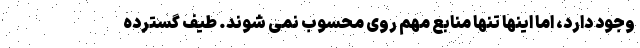
وجود دارد، اما اینها تنها منابع مهم روی محسوب نمی شوند. طیف گسترده